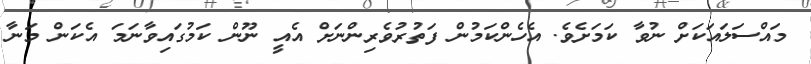
މައްސަލައަަކަށް ނުވާ ކަމަށެވެ. އެހެންކަމުން ފަތުރުވެރިންނަށް އެއީ ނޫން ކަމުގައިވާނަމަ އެކަން މަނާ